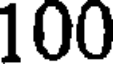
100